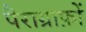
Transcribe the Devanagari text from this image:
पैराग्राफ़ों